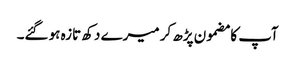
آپ کا مضمون پڑھ کر میرے دکھ تازہ ہو گئے۔